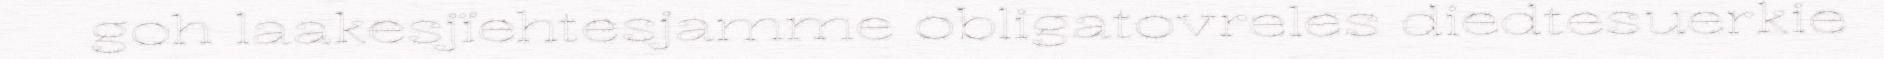
goh laakesjïehtesjamme obligatovreles diedtesuerkie